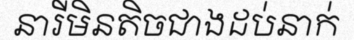
នារីមិនតិចជាងដប់នាក់